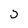
Character: D